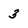
Character: 3